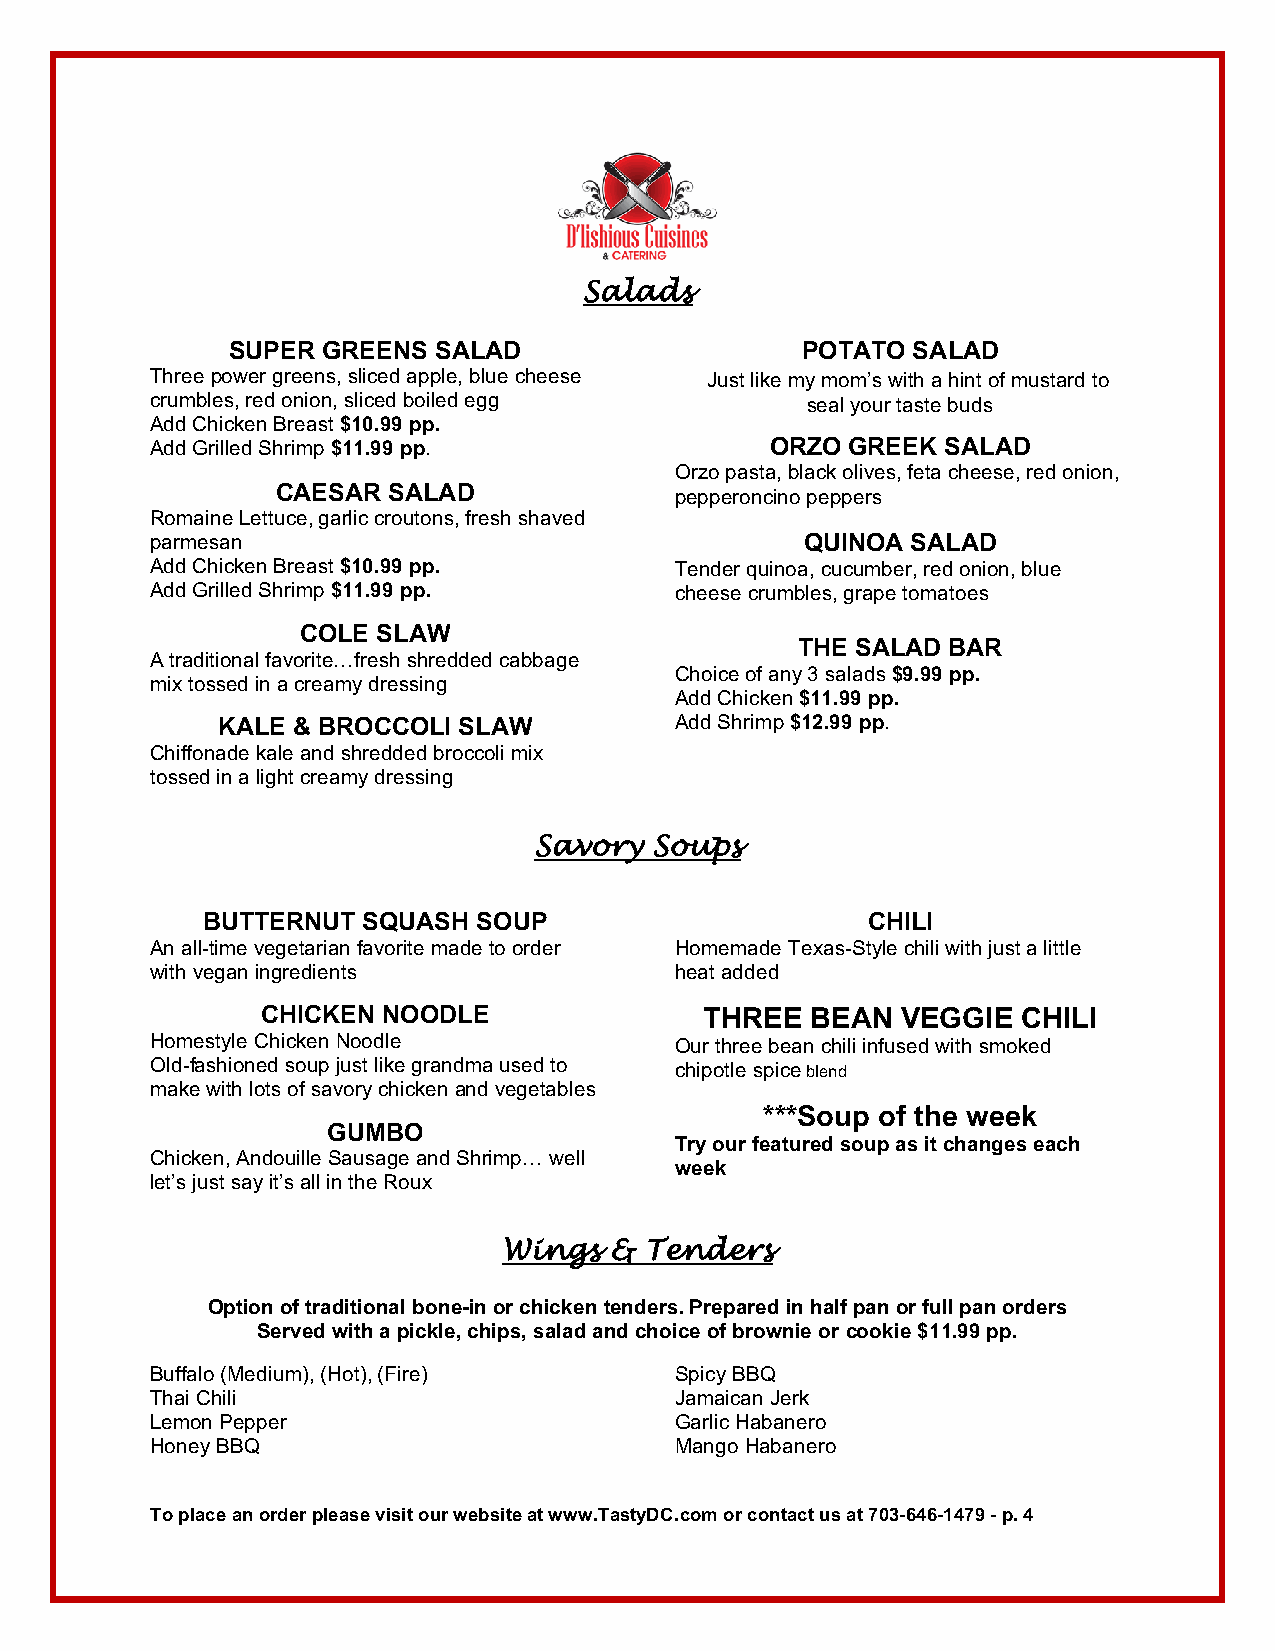
Salads
 SUPER GREENS  SALAD                   POTATO SALAD
 Three power greens, sliced apple, blue cheese PJust like my mom’s with a hint of mustard to
 crumbles, red onion, sliced boiled egg     seal your taste buds
 Add Chicken Breast $10.99 pp.
 Add Grilled Shrimp $11.99 pp.            ORZO GREEK  SALAD
 Orzo pasta, black olives, feta cheese, red onion,
 CAESAR  SALAD
 pepperoncino peppers
 Romaine Lettuce, garlic croutons, fresh shaved
 parmesan                                   QUINOA SALAD
 Add Chicken Breast $10.99 pp.      Tender quinoa, cucumber, red onion, blue
 Add Grilled Shrimp $11.99 pp.      cheese crumbles, grape tomatoes
 COLE SLAW
 THE SALAD BAR
 A traditional favorite…fresh shredded cabbage
 Choice of any 3 salads $9.99 pp.
 mix tossed in a creamy dressing
 Add Chicken $11.99 pp.
 KALE & BROCCOLI SLAW           Add Shrimp $12.99 pp.
 Chiffonade kale and shredded broccoli mix
 tossed in a light creamy dressing
 Savory  Soups
 BUTTERNUT  SQUASH  SOUP                     CHILI
 An all-time vegetarian favorite made to order Homemade Texas-Style chili with just a little
 with vegan ingredients             heat added
 CHICKEN NOODLE                THREE  BEAN  VEGGIE  CHILI
 Homestyle Chicken Noodle           Our three bean chili infused with smoked
 Old-fashioned soup just like grandma used to chipotle spice blend
 make with lots of savory chicken and vegetables
 ***Soup of the week
 GUMBO
 Try our featured soup as it changes each
 Chicken, Andouille Sausage and Shrimp… well
 week
 let’s just say it’s all in the Roux
 Wings  &  Tenders
 Option of traditional bone-in or chicken tenders. Prepared in half pan or full pan orders
 Served with a pickle, chips, salad and choice of brownie or cookie $11.99 pp.
 Buffalo (Medium), (Hot), (Fire)    Spicy BBQ
 Thai Chili                         Jamaican Jerk
 Lemon Pepper                       Garlic Habanero
 Honey BBQ                          Mango Habanero
 To place an order please visit our website at www.TastyDC.com or contact us at 703-646-1479 - p. 4